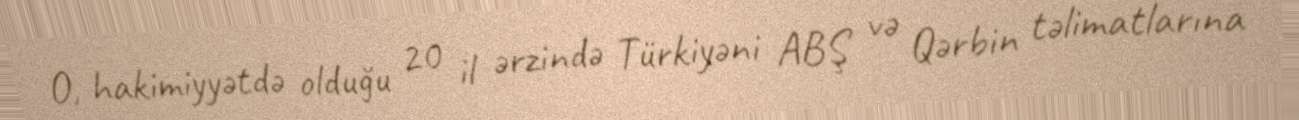
O, hakimiyyətdə olduğu 20 il ərzində Türkiyəni ABŞ və Qərbin təlimatlarına